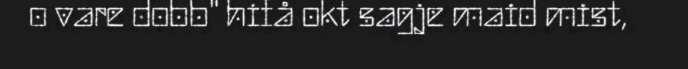
o vare dobb" hifå okt sagje maid mist,